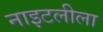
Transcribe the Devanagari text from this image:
नाइटलीला